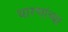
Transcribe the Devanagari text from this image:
धारणांच्या